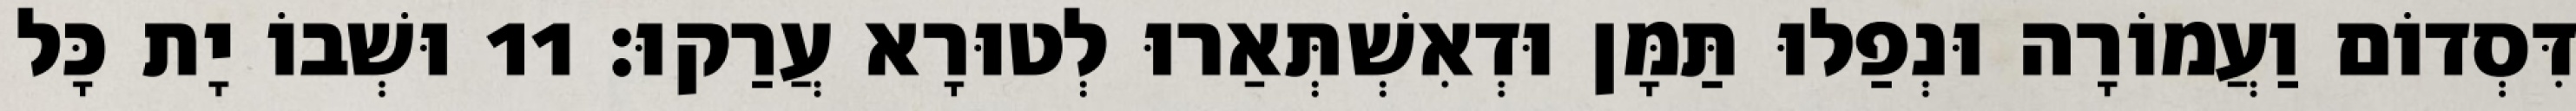
דִּסְדוֹם וַעֲמוֹרָה וּנְפַלוּ תַּמָּן וּדְאִשְׁתְּאַרוּ לְטוּרָא עֲרַקוּ׃ 11 וּשְׁבוֹ יָת כָּל